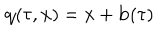
LaTeX: { \bf q } ( \tau , { \bf x } ) = { \bf x } + { \bf b } ( \tau )